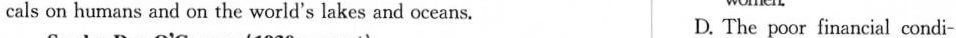
cals on humans and on the world's lakes and oceans. D. The poor financial condi-